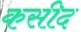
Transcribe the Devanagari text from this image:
कसीद